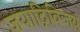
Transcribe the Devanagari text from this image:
जयाद्रिविजय